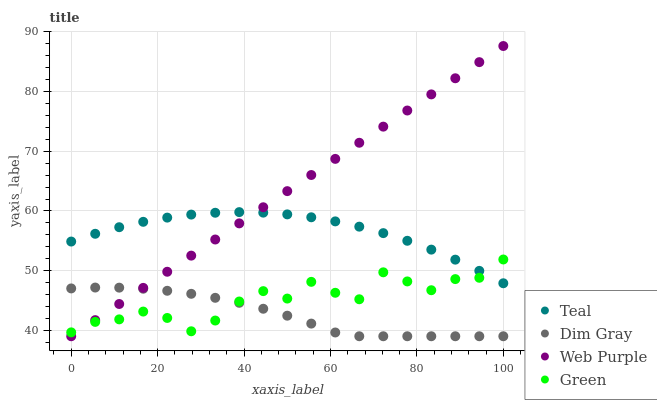
| xaxis_label | Teal | Dim Gray | Web Purple | Green |
 | --- | --- | --- | --- | --- |
 | 0 | 54.9 | 47 | 39 | 39.7 |
 | 5.56 | 56.2 | 47.2 | 41.7 | 41.4 |
 | 11.1 | 57.3 | 47.1 | 44.4 | 41.8 |
 | 16.7 | 58.2 | 47 | 47.1 | 43.1 |
 | 22.2 | 58.9 | 46.6 | 49.8 | 42.1 |
 | 27.8 | 59.4 | 46.1 | 52.5 | 39.8 |
 | 33.3 | 59.7 | 45.4 | 55.2 | 41.6 |
 | 38.9 | 59.8 | 44.6 | 57.9 | 44.8 |
 | 44.4 | 59.7 | 43.6 | 60.6 | 46.6 |
 | 50 | 59.4 | 42.4 | 63.3 | 45.3 |
 | 55.6 | 58.9 | 41.1 | 66 | 48.1 |
 | 61.1 | 58.3 | 39.6 | 68.7 | 46.3 |
 | 66.7 | 57.4 | 39 | 71.4 | 45.2 |
 | 72.2 | 56.3 | 39 | 74.1 | 49.7 |
 | 77.8 | 55 | 39 | 76.8 | 48.2 |
 | 83.3 | 53.5 | 39 | 79.5 | 46.7 |
 | 88.9 | 51.8 | 39 | 82.2 | 48.6 |
 | 94.4 | 50 | 39 | 84.9 | 48.8 |
 | 100 | 47.9 | 39 | 87.6 | 51.9 |